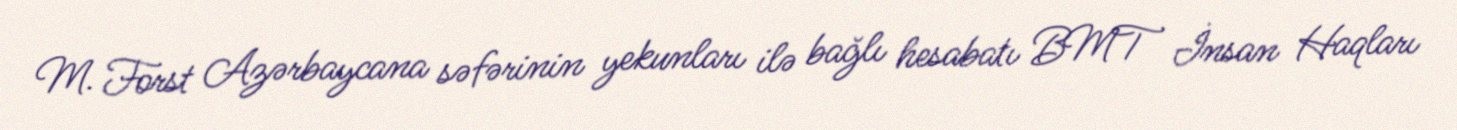
M. Forst Azərbaycana səfərinin yekunları ilə bağlı hesabatı BMT İnsan Haqları